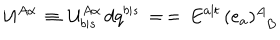
LaTeX: { \cal U } ^ { A \alpha } \, \equiv \, { \cal U } _ { b \vert s } ^ { A \alpha } \, d q ^ { b \vert s } \, = \, = \, E ^ { a \vert t } \, ( e _ { a } ) _ { \phantom { A } B } ^ { A }